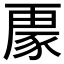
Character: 𮙟